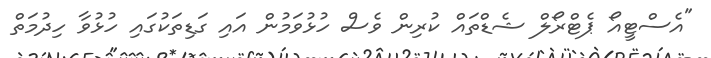
"އެސްޓީއޯ ޕެޓްރޯލް ޝެޑްތައް ކުރިން ވެސް ހުޅުވަމުން އައި ގަޑިތަކުގައި ހުޅުވާ ހިދުމަތް